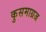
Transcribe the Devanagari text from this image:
कुसमाग्रज